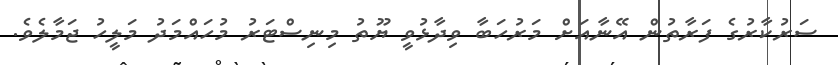
ސަރުކާރުގެ ފަރާތުން އޭނާއަށް މަރުހަބާ ވިދާޅުވީ ޔޫތު މިނިސްޓަރު މުހައްމަދު މަލީހު ޖަމާލެވެ.